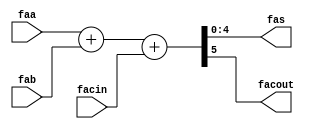
module nfa_accept_samples_generic_hw_add_17ns_17s_17_4_AddSubnS_6_fadder 
#(parameter
    N = 5
)(
    input  [N-1 : 0]  faa,
    input  [N-1 : 0]  fab,
    input  wire  facin,
    output [N-1 : 0]  fas,
    output wire  facout
);
assign {facout, fas} = faa + fab + facin;
endmodule